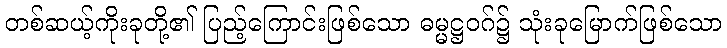
တစ်ဆယ့်ကိုးခုတို့၏ ပြည့်ကြောင်းဖြစ်သော ဓမ္မဋ္ဌဝဂ်၌ သုံးခုမြောက်ဖြစ်သော